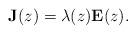
LaTeX: \begin{align*}\mathbf J(z) = \lambda(z) \mathbf E(z).\end{align*}